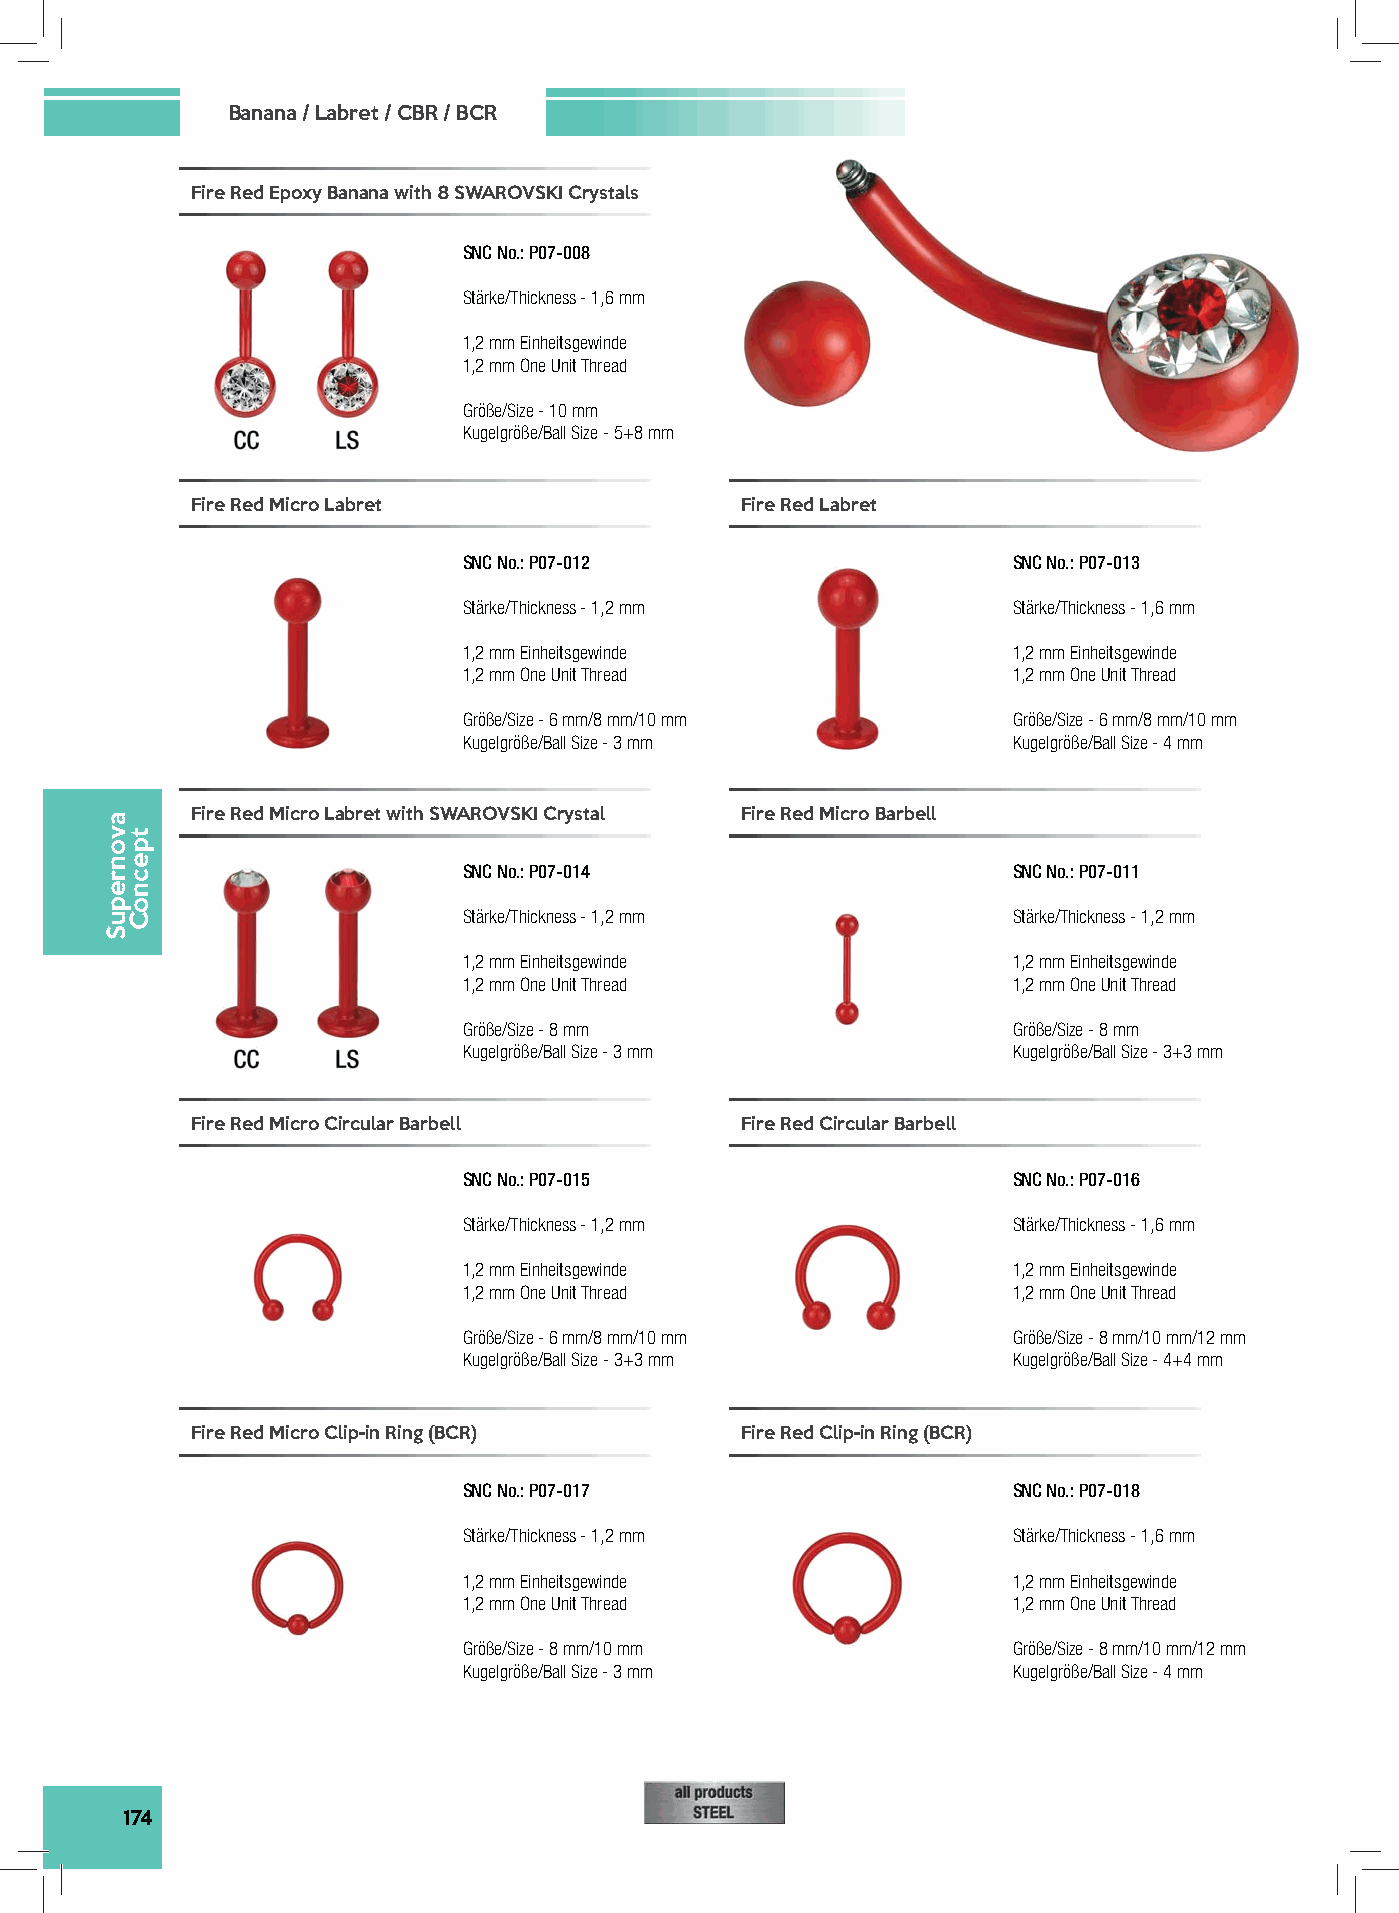
Banana / Labret / CBR / BCR
 Fire Red Epoxy Banana with 8 SWAROVSKI Crystals
 SNC No.: P07-008
 Stärke/Thickness - 1,6 mm
 1,2 mm Einheitsgewinde
 1,2 mm One Unit Thread
 Größe/Size - 10 mm
 Kugelgröße/Ball Size - 5+8 mm
 Fire Red Micro Labret               Fire Red Labret
 SNC No.: P07-012                    SNC No.: P07-013
 Stärke/Thickness - 1,2 mm           Stärke/Thickness - 1,6 mm
 1,2 mm Einheitsgewinde              1,2 mm Einheitsgewinde
 1,2 mm One Unit Thread              1,2 mm One Unit Thread
 Größe/Size - 6 mm/8 mm/10 mm        Größe/Size - 6 mm/8 mm/10 mm
 Kugelgröße/Ball Size - 3 mm         Kugelgröße/Ball Size - 4 mm
 Fire Red Micro Labret with SWAROVSKI Crystal Fire Red Micro Barbell
 SNC No.: P07-014                    SNC No.: P07-011
 Stärke/Thickness - 1,2 mm           Stärke/Thickness - 1,2 mm
 1,2 mm Einheitsgewinde              1,2 mm Einheitsgewinde
 1,2 mm One Unit Thread              1,2 mm One Unit Thread
 Größe/Size - 8 mm                   Größe/Size - 8 mm
 Kugelgröße/Ball Size - 3 mm         Kugelgröße/Ball Size - 3+3 mm
 Fire Red Micro Circular Barbell     Fire Red Circular Barbell
 SNC No.: P07-015                    SNC No.: P07-016
 Stärke/Thickness - 1,2 mm           Stärke/Thickness - 1,6 mm
 1,2 mm Einheitsgewinde              1,2 mm Einheitsgewinde
 1,2 mm One Unit Thread              1,2 mm One Unit Thread
 Größe/Size - 6 mm/8 mm/10 mm        Größe/Size - 8 mm/10 mm/12 mm
 Kugelgröße/Ball Size - 3+3 mm       Kugelgröße/Ball Size - 4+4 mm
 Fire Red Micro Clip-in Ring (BCR)   Fire Red Clip-in Ring (BCR)
 SNC No.: P07-017                    SNC No.: P07-018
 Stärke/Thickness - 1,2 mm           Stärke/Thickness - 1,6 mm
 1,2 mm Einheitsgewinde              1,2 mm Einheitsgewinde
 1,2 mm One Unit Thread              1,2 mm One Unit Thread
 Größe/Size - 8 mm/10 mm             Größe/Size - 8 mm/10 mm/12 mm
 Kugelgröße/Ball Size - 3 mm         Kugelgröße/Ball Size - 4 mm
 174
 avonrepuS
 tpecnoC